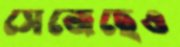
সেজেছেও